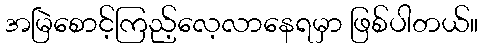
အမြဲစောင့်ကြည့်လေ့လာနေရမှာ ဖြစ်ပါတယ်။